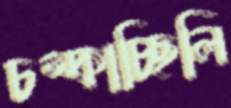
চম্‌কাচ্ছিলি